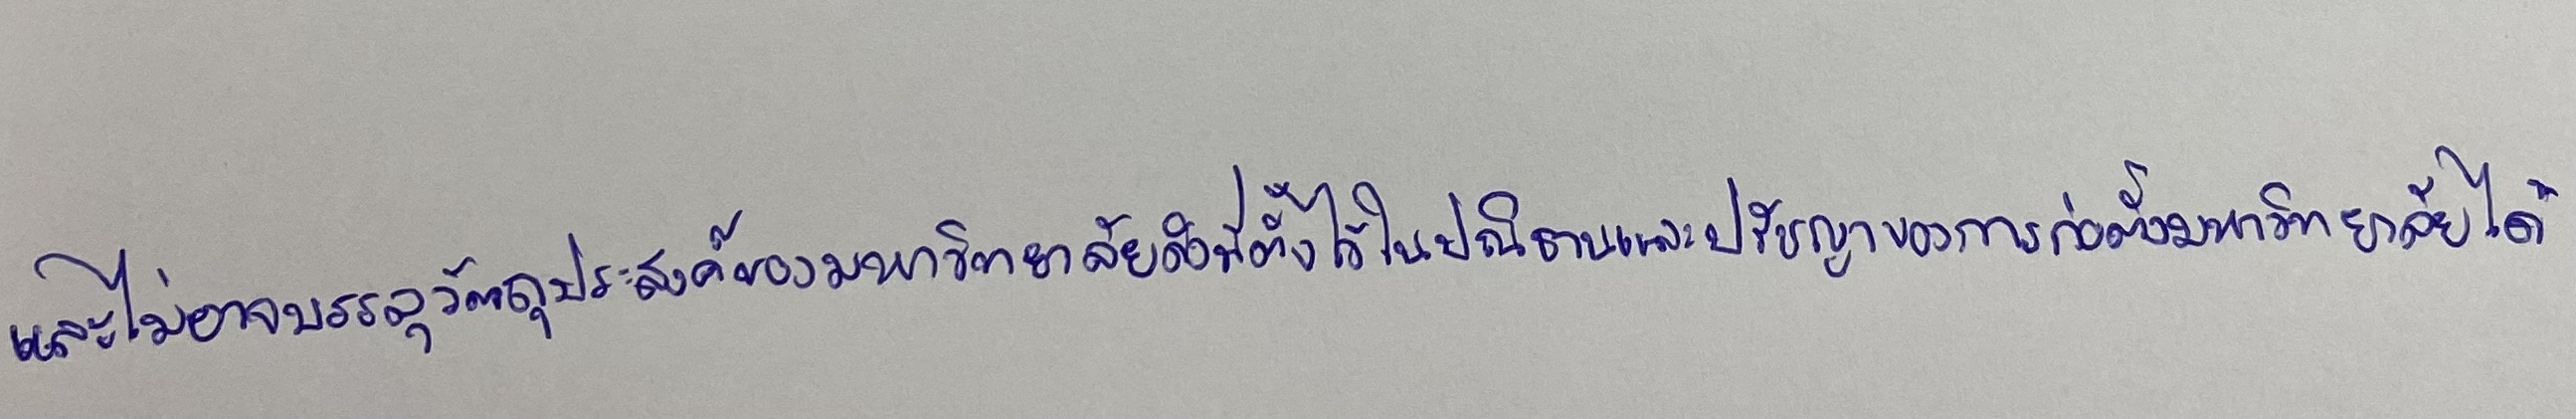
และไม่อาจบรรลุวัตถุประสงค์ของมหาวิทยาลัยดังที่ตั้งไว้ในปณิธานและปรัชญาของการก่อตั้งมหาวิทยาลัยได้